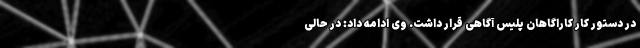
در دستور کار کاراگاهان پلیس آگاهی قرار داشت. وی ادامه داد: در حالی